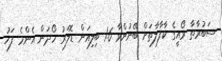
ސަބުރާތާ ރޯއީގެ ކާފާލާތަށް ބޭނުންވާ 1.6 ބިލިއަން ޑޮލަރު ހޯދަން އެންމެ ފަހު